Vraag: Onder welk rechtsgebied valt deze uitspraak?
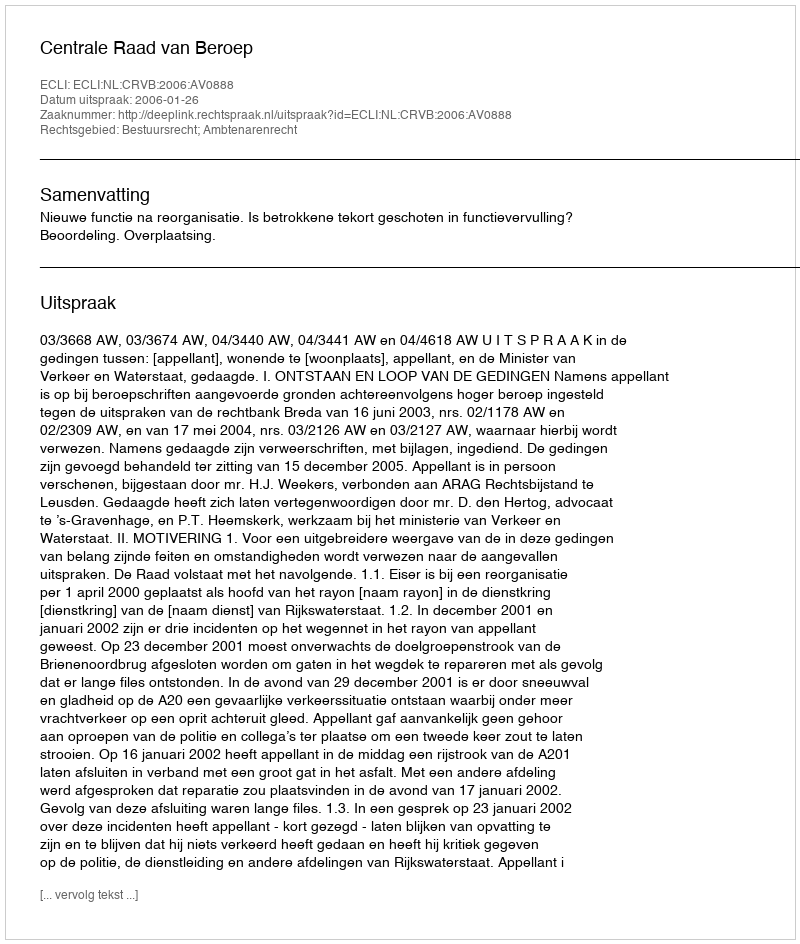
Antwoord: Bestuursrecht; Ambtenarenrecht